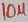
Text: 10µ